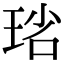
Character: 𤥮